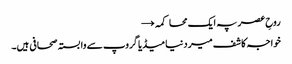
روحِ عصر پہ ایک محاکمہ →
خواجہ کاشف میر دنیا میڈیا گروپ سے وابستہ صحافی ہیں۔